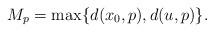
LaTeX: \begin{align*}M_p= \max\{d(x_0, p), d(u,p)\}. \end{align*}